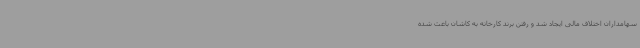
سهامداران اختلاف مالی ایجاد شد و رفتن برند کارخانه به کاشان باعث شده